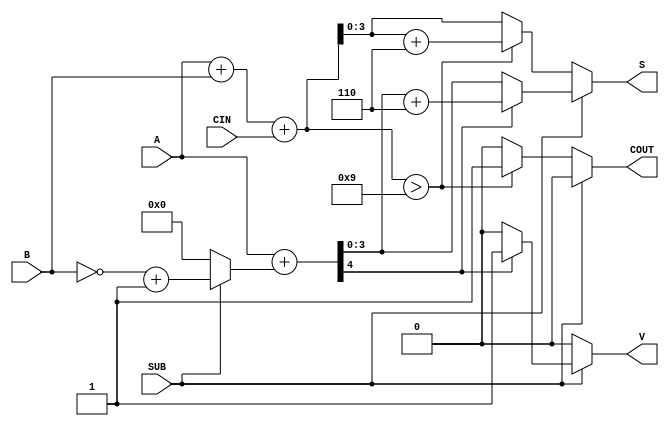
module BCD_Add_Subtracter (
    input  wire [3:0] A,      // First BCD digit
    input  wire [3:0] B,      // Second BCD digit
    input  wire SUB,          // Control signal for addition/subtraction
    input  wire CIN,          // Carry-in for addition
    output reg  [3:0] S,      // Resulting BCD digit
    output reg  COUT,         // Carry-out
    output reg  V             // Overflow flag for subtraction
);

    wire [4:0] sum;           // 5-bit sum for addition
    wire [4:0] sub_result;    // 5-bit result for subtraction
    wire [3:0] B_complement;  // 9's complement of B

    // Calculate 9's complement of B
    assign B_complement = ~B + 4'b0001;

    // Addition Logic
    assign sum = A + B + CIN;

    // Subtraction Logic
    assign sub_result = A + (SUB ? B_complement : 4'b0000);

    always @(*) begin
        if (SUB == 0) begin // Addition
            if (sum > 9) begin
                S = sum + 4'b0110; // Correct for BCD
                COUT = 1;          // Set carry-out
            end else begin
                S = sum[3:0];      // Valid BCD
                COUT = 0;          // No carry-out
            end
            V = 0; // No overflow in addition
        end else begin // Subtraction
            if (sub_result[4] == 1) begin // Check for negative result
                S = sub_result + 4'b0110; // Correct for BCD
                V = 1;                   // Set overflow flag
            end else begin
                S = sub_result[3:0];     // Valid BCD
                V = 0;                   // No overflow
            end
            COUT = 0; // No carry-out in subtraction
        end
    end

endmodule